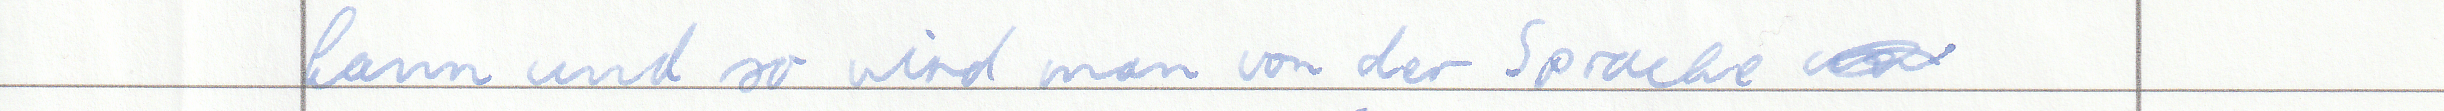
kann und so wird man von der Sprache